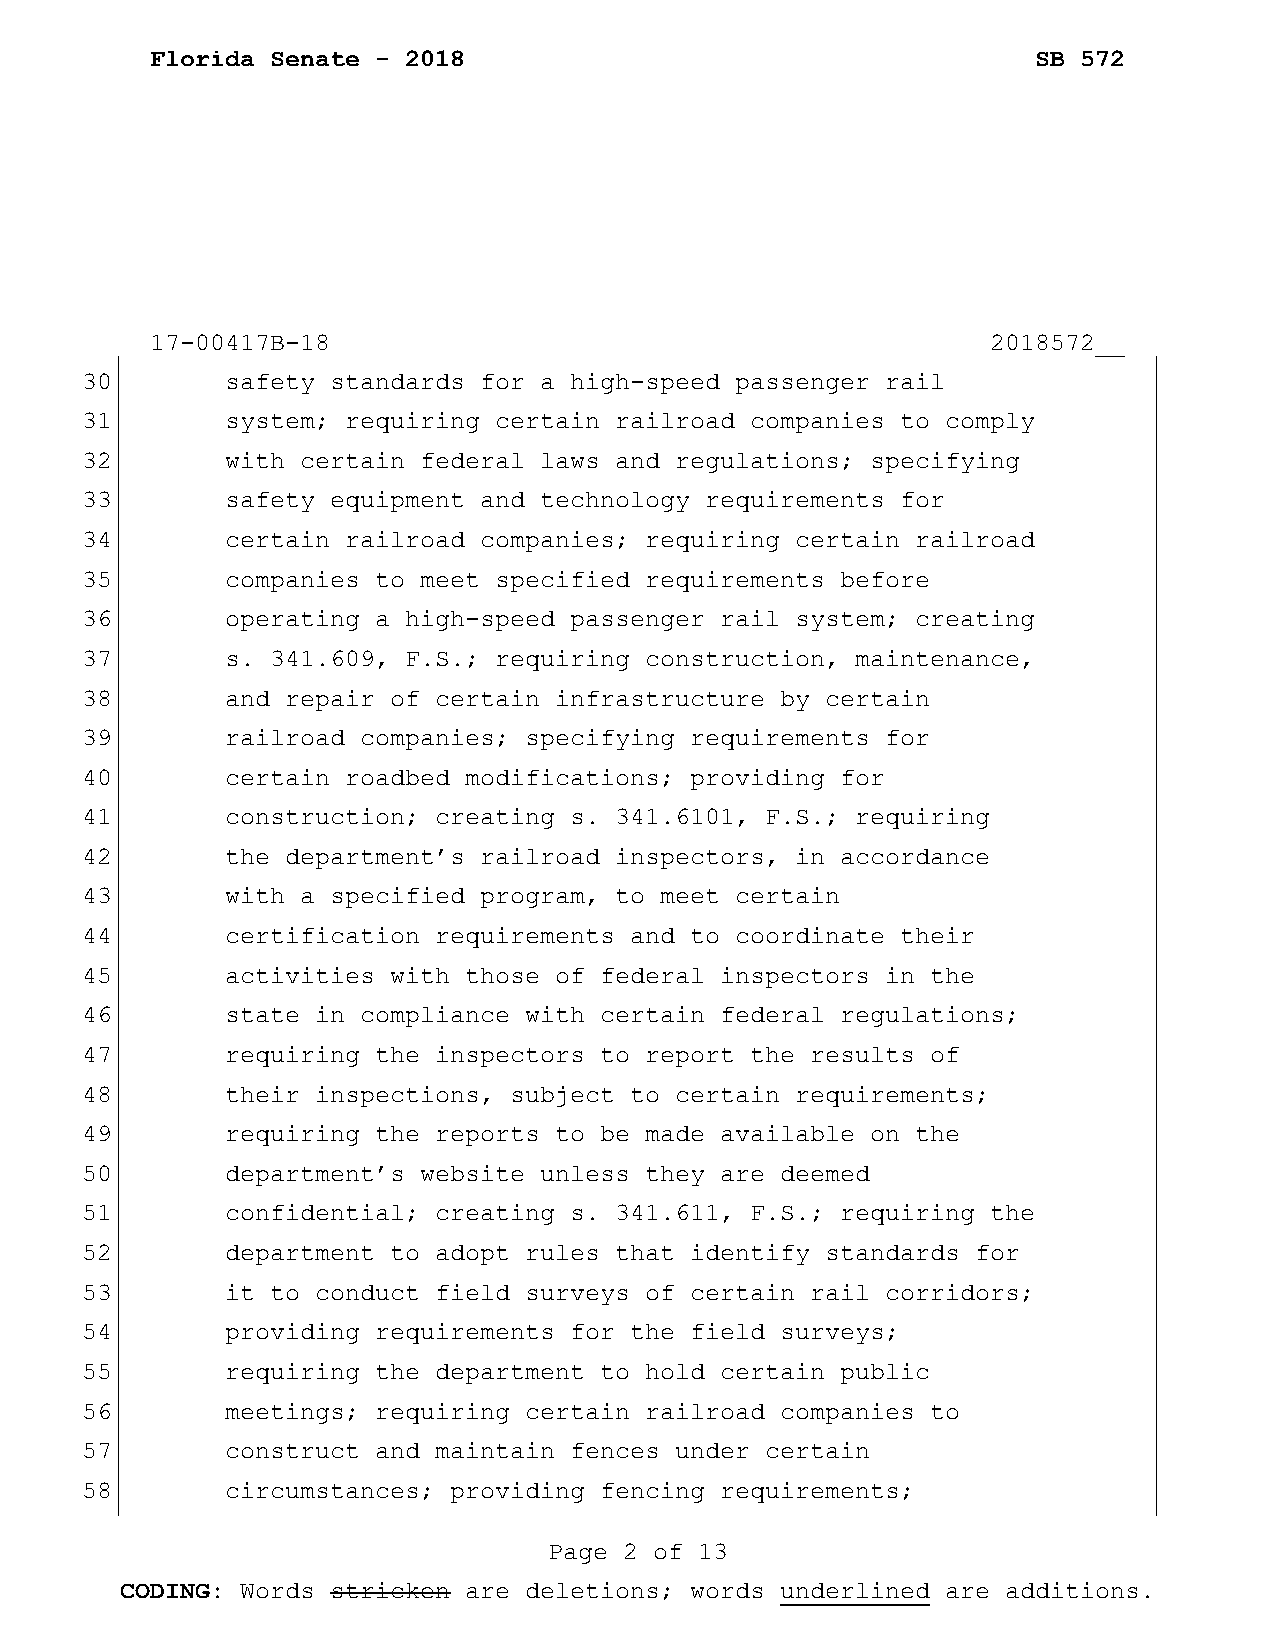
Florida Senate - 2018                                      SB 572
 17-00417B-18                                            2018572__
 30        safety standards for a high-speed passenger rail
 31        system; requiring certain railroad companies to comply
 32        with certain federal laws and regulations; specifying
 33        safety equipment and technology requirements for
 34        certain railroad companies; requiring certain railroad
 35        companies to meet specified requirements before
 36        operating a high-speed passenger rail system; creating
 37        s. 341.609, F.S.; requiring construction, maintenance,
 38        and repair of certain infrastructure by certain
 39        railroad companies; specifying requirements for
 40        certain roadbed modifications; providing for
 41        construction; creating s. 341.6101, F.S.; requiring
 42        the department’s railroad inspectors, in accordance
 43        with a specified program, to meet certain
 44        certification requirements and to coordinate their
 45        activities with those of federal inspectors in the
 46        state in compliance with certain federal regulations;
 47        requiring the inspectors to report the results of
 48        their inspections, subject to certain requirements;
 49        requiring the reports to be made available on the
 50        department’s website unless they are deemed
 51        confidential; creating s. 341.611, F.S.; requiring the
 52        department to adopt rules that identify standards for
 53        it to conduct field surveys of certain rail corridors;
 54        providing requirements for the field surveys;
 55        requiring the department to hold certain public
 56        meetings; requiring certain railroad companies to
 57        construct and maintain fences under certain
 58        circumstances; providing fencing requirements;
 Page 2 of 13
 CODING: Words stricken are deletions; words underlined are additions.